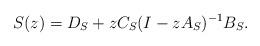
LaTeX: \begin{align*} S(z) = D_{S} + z C_{S} (I - zA_{S})^{-1} B_{S}.\end{align*}